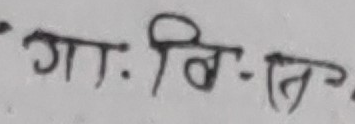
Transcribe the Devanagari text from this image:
गा. वि. नि.